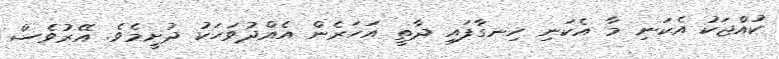
ކުއްޖަކު އެކަނި މާ އެކަނި ހިނގާފައި ދާތީ އަހަރެން އެއްދުވަހަކު ދުށީމެވެ. އޭރުވެސް